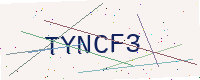
Text: TYNCF3